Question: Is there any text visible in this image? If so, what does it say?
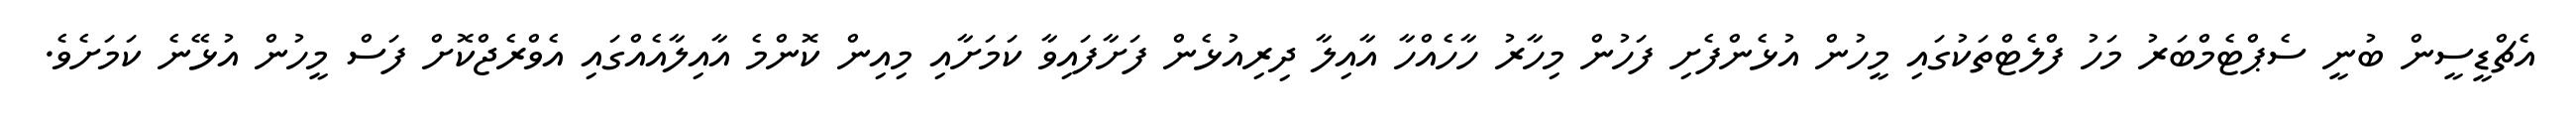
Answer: އެޗްޑީސީން ބުނީ ސެޕްޓެމްބަރު މަހު ފްލެޓްތަކުގައި މީހުން އުޅެންފެށި ފަހުން މިހާރު ހާހެއްހާ އާއިލާ ދިރިއުޅެން ފަށާފައިވާ ކަމަށާއި މިއިން ކޮންމެ އާއިލާއެއްގައި އެވްރެޖްކޮށް ފަސް މީހުން އުޅޭނެ ކަމަށެވެ.